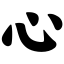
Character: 心